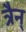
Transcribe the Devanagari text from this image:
त्रैन्